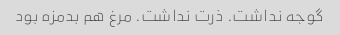
گوجه نداشت. ذرت نداشت. مرغ هم بدمزه بود